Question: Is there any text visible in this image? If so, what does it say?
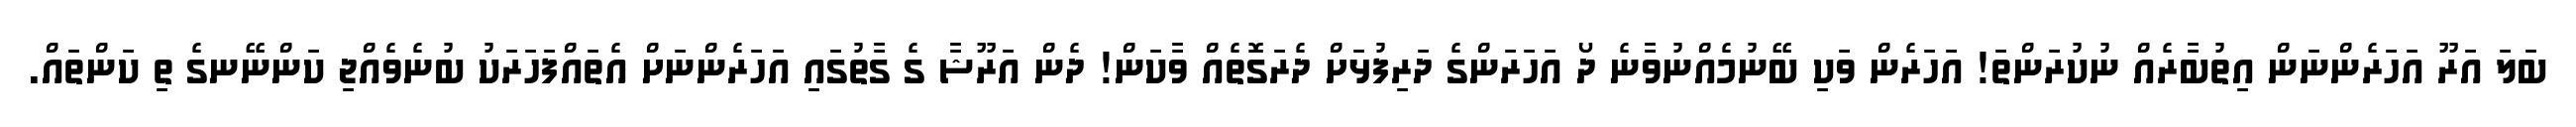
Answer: ބަލަ އަރޫ އަހަރެންނަން އިތުބާރެއް ނުކުރަންތަ! އަހަރެން ވަކި ބޭނުމެއްނުވާނެ ދޯ އަހަރަންގެ ދަރިފުޅަށް ދެރަގޮތެއް ވާކަން! ދެން އަރޫޝާ ގެ ގާތުގައި އަހަރެންނަށް އެތައްފަހަރަކު ބުނެވެއްޖި ކަންނޭނގެ ތި ކަންތައް.